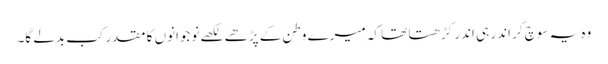
وہ یہ سوچ کر اندر ہی اندر کڑھتا تھا کہ میرے وطن کے پڑھے لکھے نوجوانوں کا مقدر کب بدلے گا۔